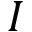
I